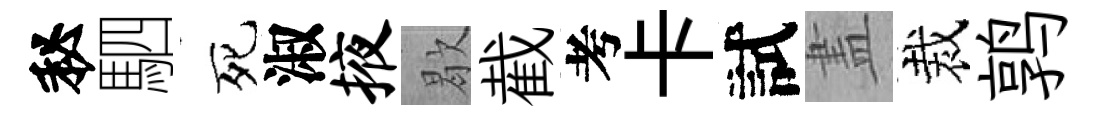
秘駟死淑掖歇截考卡試𥁞裁鹑